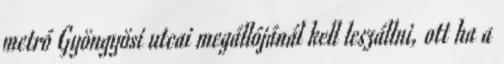
metró Gyöngyösi utcai megállójánál kell leszállni, ott ha a